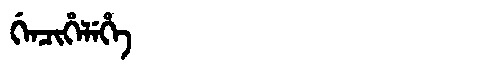
Manchu: ᡤᡝᠨᠴᡳᡥᡝᠯᡝᡥᡝ
Romanization: GENCIHELEHE